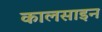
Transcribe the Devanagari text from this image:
कालसाइन